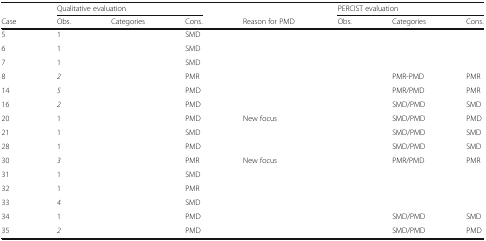
<table><thead><tr><td>[EMPTY_CELL]</td><td colspan="3"><b>Qualitative evaluation</b></td><td>[EMPTY_CELL]</td><td colspan="3"><b>PERCIST evaluation</b></td></tr><tr><td><b>Case</b></td><td><b>Obs.</b></td><td><b>Categories</b></td><td><b>Cons.</b></td><td><b>Reason for PMD</b></td><td><b>Obs.</b></td><td><b>Categories</b></td><td><b>Cons.</b></td></tr></thead><tbody><tr><td>5</td><td>1</td><td>[EMPTY_CELL]</td><td>SMD</td><td>[EMPTY_CELL]</td><td>[EMPTY_CELL]</td><td>[EMPTY_CELL]</td><td>[EMPTY_CELL]</td></tr><tr><td>6</td><td>1</td><td>[EMPTY_CELL]</td><td>SMD</td><td>[EMPTY_CELL]</td><td>[EMPTY_CELL]</td><td>[EMPTY_CELL]</td><td>[EMPTY_CELL]</td></tr><tr><td>7</td><td>1</td><td>[EMPTY_CELL]</td><td>SMD</td><td>[EMPTY_CELL]</td><td>[EMPTY_CELL]</td><td>[EMPTY_CELL]</td><td>[EMPTY_CELL]</td></tr><tr><td>8</td><td><i>2</i></td><td>[EMPTY_CELL]</td><td>PMR</td><td>[EMPTY_CELL]</td><td>[EMPTY_CELL]</td><td>PMR-PMD</td><td>PMR</td></tr><tr><td>14</td><td><i>5</i></td><td>[EMPTY_CELL]</td><td>PMD</td><td>[EMPTY_CELL]</td><td>[EMPTY_CELL]</td><td>PMR/PMD</td><td>PMR</td></tr><tr><td>16</td><td><i>2</i></td><td>[EMPTY_CELL]</td><td>PMD</td><td>[EMPTY_CELL]</td><td>[EMPTY_CELL]</td><td>SMD/PMD</td><td>SMD</td></tr><tr><td>20</td><td>1</td><td>[EMPTY_CELL]</td><td>PMD</td><td>New focus</td><td>[EMPTY_CELL]</td><td>SMD/PMD</td><td>PMD</td></tr><tr><td>21</td><td>1</td><td>[EMPTY_CELL]</td><td>SMD</td><td>[EMPTY_CELL]</td><td>[EMPTY_CELL]</td><td>SMD/PMD</td><td>SMD</td></tr><tr><td>28</td><td>1</td><td>[EMPTY_CELL]</td><td>PMD</td><td>[EMPTY_CELL]</td><td>[EMPTY_CELL]</td><td>SMD/PMD</td><td>SMD</td></tr><tr><td>30</td><td><i>3</i></td><td>[EMPTY_CELL]</td><td>PMR</td><td>New focus</td><td>[EMPTY_CELL]</td><td>PMR/PMD</td><td>PMR</td></tr><tr><td>31</td><td>1</td><td>[EMPTY_CELL]</td><td>SMD</td><td>[EMPTY_CELL]</td><td>[EMPTY_CELL]</td><td>[EMPTY_CELL]</td><td>[EMPTY_CELL]</td></tr><tr><td>32</td><td>1</td><td>[EMPTY_CELL]</td><td>PMR</td><td>[EMPTY_CELL]</td><td>[EMPTY_CELL]</td><td>[EMPTY_CELL]</td><td>[EMPTY_CELL]</td></tr><tr><td>33</td><td><i>4</i></td><td>[EMPTY_CELL]</td><td>SMD</td><td>[EMPTY_CELL]</td><td>[EMPTY_CELL]</td><td>[EMPTY_CELL]</td><td>[EMPTY_CELL]</td></tr><tr><td>34</td><td>1</td><td>[EMPTY_CELL]</td><td>PMD</td><td>[EMPTY_CELL]</td><td>[EMPTY_CELL]</td><td>SMD/PMD</td><td>SMD</td></tr><tr><td>35</td><td><i>2</i></td><td>[EMPTY_CELL]</td><td>PMD</td><td>[EMPTY_CELL]</td><td>[EMPTY_CELL]</td><td>SMD/PMD</td><td>PMD</td></tr></tbody></table>